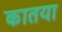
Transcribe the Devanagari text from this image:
कातया